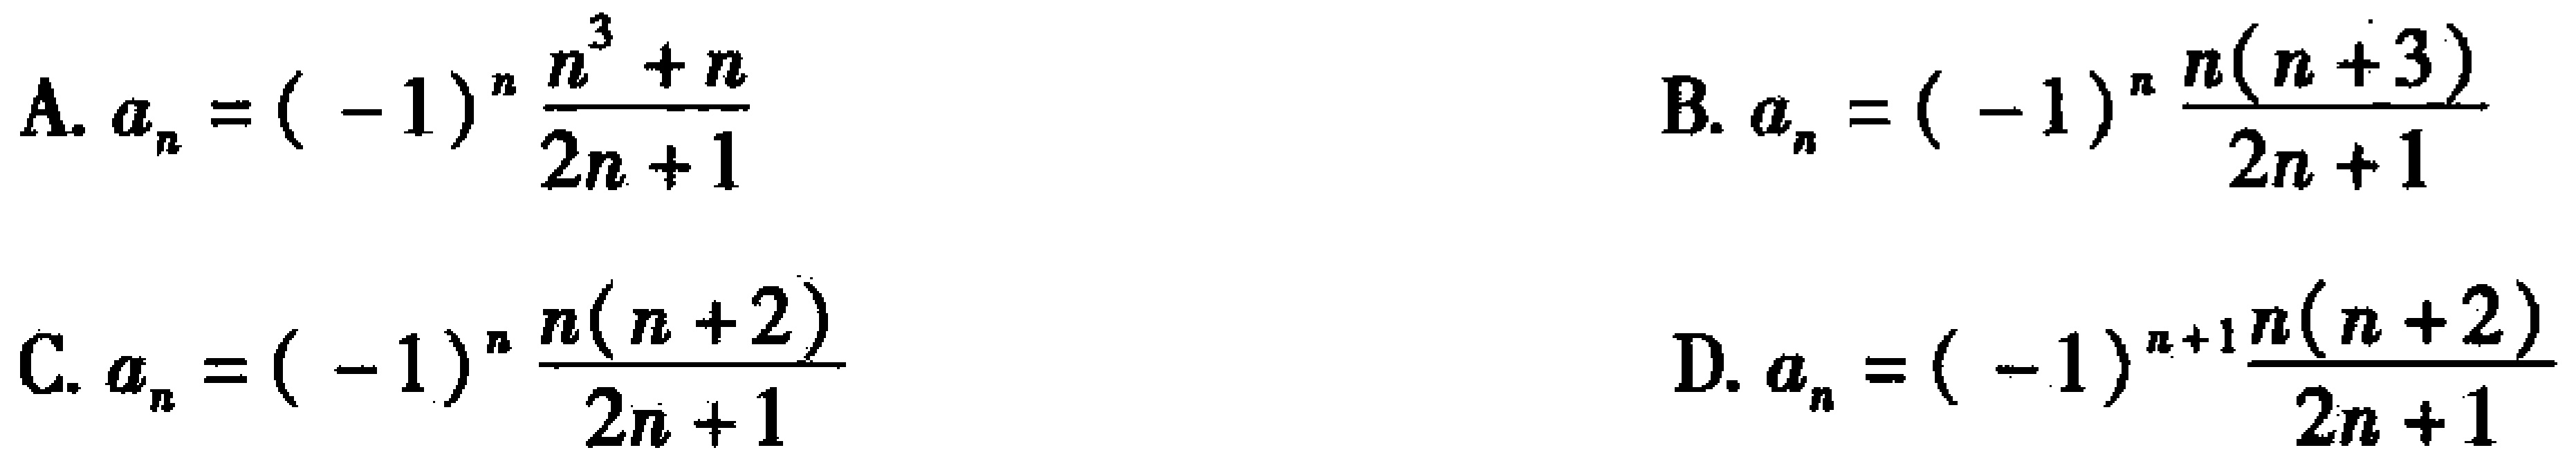
A. \(a_{n}=(-1)^{n}\frac{n^{3}+n}{2n + 1}\)
B. \(a_{n}=(-1)^{n}\frac{n(n + 3)}{2n + 1}\)
C. \(a_{n}=(-1)^{n}\frac{n(n + 2)}{2n + 1}\)
D. \(a_{n}=(-1)^{n + 1}\frac{n(n + 2)}{2n + 1}\)